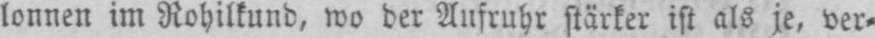
lonnen im Rohilkund, wo der Aufruhr stärker ist als je, ver⸗